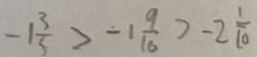
- 1 \frac { 3 } { 5 } > - 1 \frac { 9 } { 1 6 } > - 2 \frac { 1 } { 1 0 }